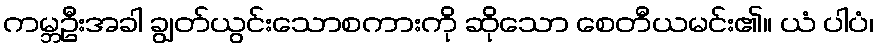
ကမ္ဘဦးအခါ ချွတ်ယွင်းသောစကားကို ဆိုသော စေတီယမင်း၏။ ယံ ပါပံ၊